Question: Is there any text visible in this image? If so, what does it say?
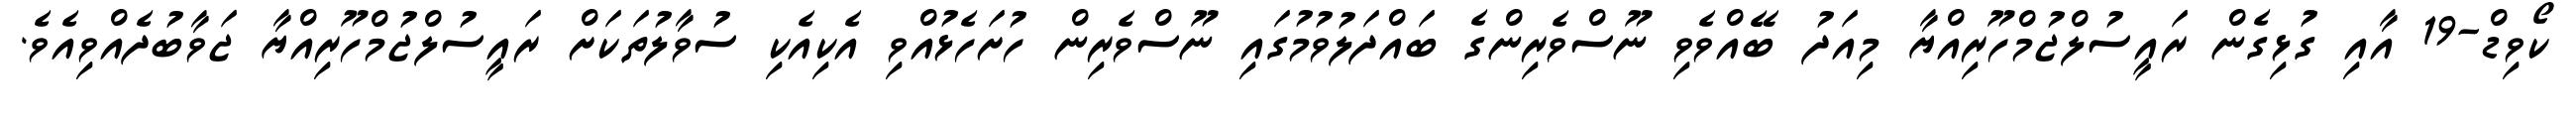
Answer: ކޯވިޑް-19 އާއި ގުޅިގެން ރައީސުލްޖުމްހޫރިއްޔާ މިއަދު ބޭއްވެވި ނޫސްވެރިންގެ ބައްދަލުވުމުގައި ނޫސްވެރިން ހުށަހެޅުއްވި އެކިއެކި ސުވާލުތަކަށް ރައީސުލްޖުމްހޫރިއްޔާ ޖަވާބުދެއްވިއެވެ.